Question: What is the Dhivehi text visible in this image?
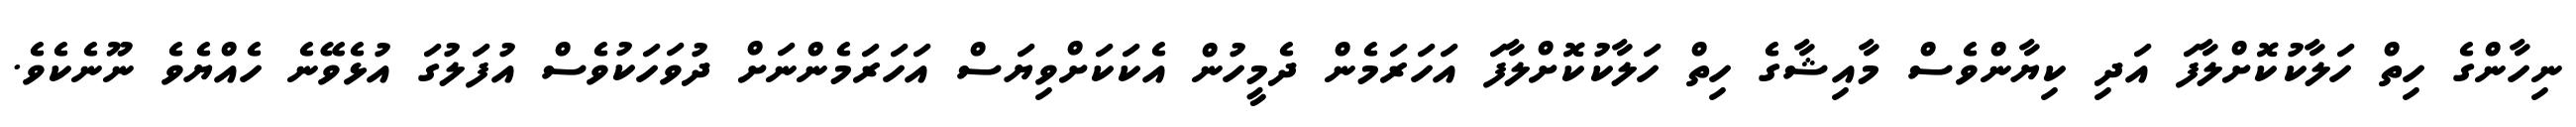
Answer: ނިހާންގެ ހިތް ހަލާކުކޮށްލާފަ އަދި ކިޔާންވެސް މާއިޝާގެ ހިތް ހަލާކުކޮށްލާފަ އަހަރަމެން ދެމީހުން އެކަކަށްވިޔަސް އަހަރަމެންނަށް ދުވަހަކުވެސް އުފަލުގަ އުޅެވޭނެ ހެއްޔެވެ ނޫނެކެވެ.